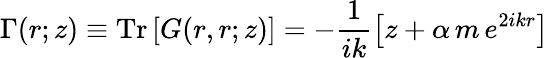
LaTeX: \Gamma(r;z)\equiv\mathrm{Tr}\left[G(r,r;z)\right]=-\frac{1}{ik}\left[z+\alpha\, m\, e^{2ikr}\right]